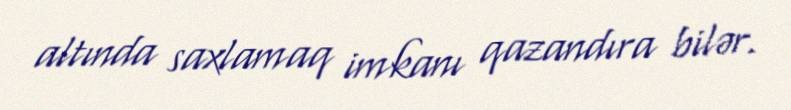
altında saxlamaq imkanı qazandıra bilər.